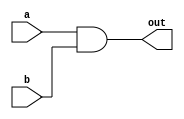
module And(a,b,out);
input wire a,b;
output out;

assign out = a & b;

endmodule